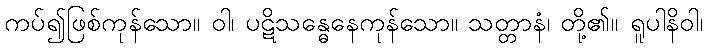
ကပ်၍ဖြစ်ကုန်သော။ ဝါ၊ ပဋိသန္ဓေနေကုန်သော။ သတ္တာနံ၊ တို့၏။ ရူပါနိဝါ၊